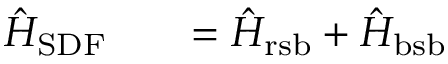
\begin{array} { r l r } { \hat { H } _ { \mathrm { S D F } } } & { { } } & { = \hat { H } _ { \mathrm { r s b } } + \hat { H } _ { \mathrm { b s b } } } \end{array}